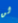
لن